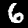
Digit: 6